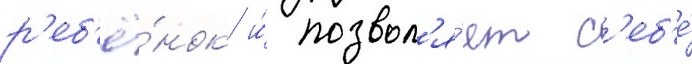
р'еб'ё́нок и́ позвол'я́ет с'еб'е́